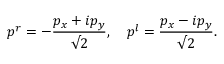
p ^ { r } = - \frac { p _ { x } + i p _ { y } } { \surd 2 } , \quad p ^ { l } = \frac { p _ { x } - i p _ { y } } { \surd 2 } .